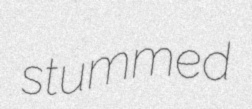
stummed